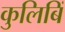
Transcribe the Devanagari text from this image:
कुलिबिं